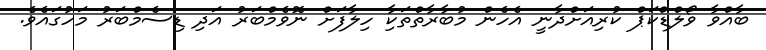
ބާއްވާ ވޯލްޑްކަޕް ކުރިއަށްދާނީ އެހެން މުބާރާތްތަކާި ހިލާފަށް ނޮވެމްބަރު އަދި ޑިސެމްބަރު މަހުގައެވެ.